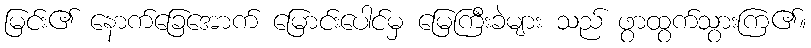
မြင်း၏ နောက်ခြေအောက် မြောင်းပေါင်မှ မြေကြီးခဲများ သည် ဖွာထွက်သွားကြ၏။